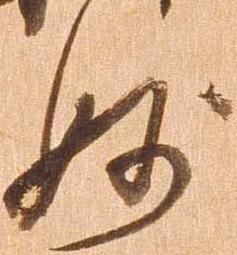
妙